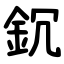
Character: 䤟